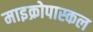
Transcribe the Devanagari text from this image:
माइक्रोपास्कल